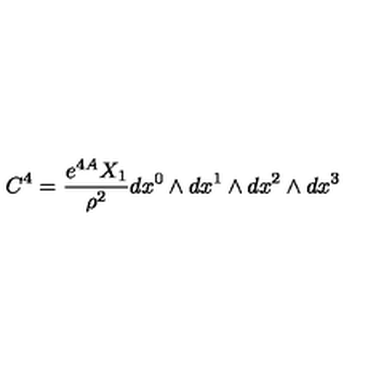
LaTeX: C ^ { 4 } = { \frac { e ^ { 4 A } X _ { 1 } } { \rho ^ { 2 } } } d x ^ { 0 } \wedge d x ^ { 1 } \wedge d x ^ { 2 } \wedge d x ^ { 3 }